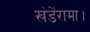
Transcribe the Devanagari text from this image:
खंडेंरामा।